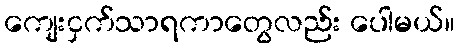
ကျေးငှက်သာရကာတွေလည်း ပေါမယ်။